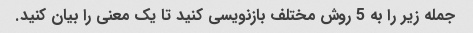
جمله زیر را به 5 روش مختلف بازنویسی کنید تا یک معنی را بیان کنید.